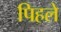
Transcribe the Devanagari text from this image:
पिहले